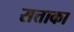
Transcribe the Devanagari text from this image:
सत्ताका